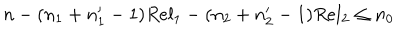
LaTeX: n - ( n _ { 1 } + n _ { 1 } ^ { \prime } - 1 ) R e l _ { 1 } - ( n _ { 2 } + n _ { 2 } ^ { \prime } - 1 ) R e l _ { 2 } \le n _ { 0 }